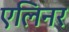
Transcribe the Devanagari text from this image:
एलिनर